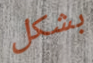
بشكل